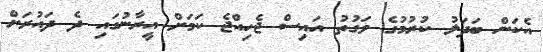
އެކަން ބަދަލު ކުރުމުގެ ވަގުތު އައިސް ޖެހިއްޖެ ކަމަށް އީރާނުގައި ދެ ދައުރަށް